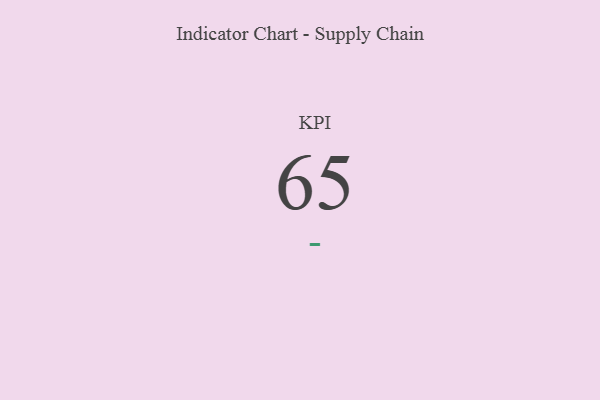
{"axis": {"x": "KPI", "y": "Value"}, "legend": [""], "data": [{"x": "KPI", "y": 65, "type": ""}]}